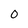
Character: 0